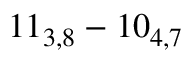
1 1 _ { 3 , 8 } - 1 0 _ { 4 , 7 }